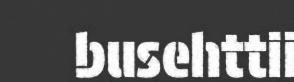
busehttii